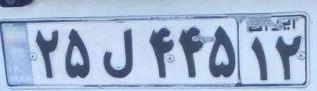
۲۵ل۴۴۵۱۲